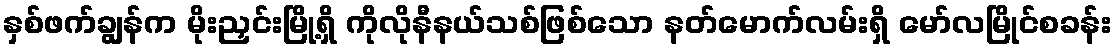
နှစ်ဖက်ချွန်က မိုးညှင်းမြို့ရှိ ကိုလိုနီနယ်သစ်ဖြစ်သော နတ်မောက်လမ်းရှိ မော်လမြိုင်စခန်း